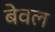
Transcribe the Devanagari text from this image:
बेवल